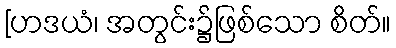
[ဟဒယံ၊ အတွင်း၌ဖြစ်သော စိတ်။